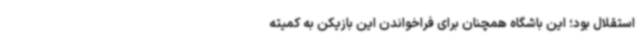
استقلال بود؛ این باشگاه همچنان برای فراخواندن این بازیکن به کمیته